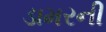
ડામરની